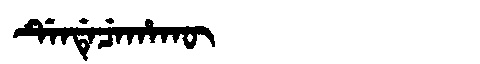
Manchu: ᡩᡝᠨᡩᡝᠴᡝᡥᠠᡴᡡ
Romanization: DENDECEHAKŪ